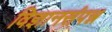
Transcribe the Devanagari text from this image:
विज्ञानसंपन्न